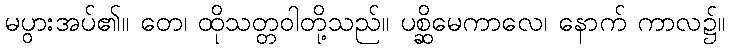
မပွားအပ်၏။ တေ၊ ထိုသတ္တဝါတို့သည်။ ပစ္ဆိမေကာလေ၊ နောက် ကာလ၌။